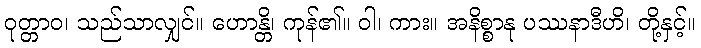
ဝုတ္တာဝ၊ သည်သာလျှင်။ ဟောန္တိ၊ ကုန်၏။ ဝါ၊ ကား။ အနိစ္စာနု ပဿနာဒီဟိ၊ တို့နှင့်။